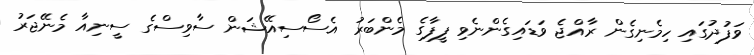
ވަފުދުގައި ހިމެނިގެން ރާއްޖެ ވަޑައިގެންނެވި ފީފާގެ މެންބަރު އެސޯސިއޭޝަން ސާވިސްގެ ސީނިއާ މެނޭޖަރު